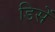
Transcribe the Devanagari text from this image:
डिसें